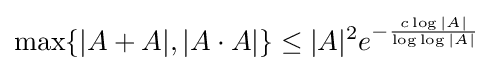
\max\{|A+A|,|A\cdot A|\}\leq |A|^{2}e^{-{\frac {c\log |A|}{\log \log |A|}}}